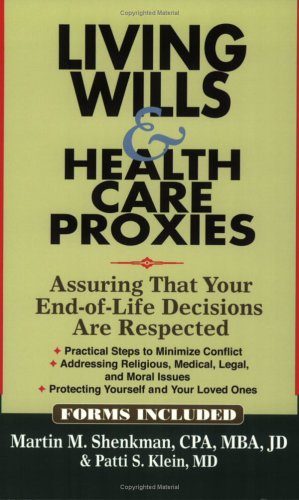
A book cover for Living Wills & Health Care Proxies: Assuring That Your End-of-Life Decisions Are Respected; Martin M. Shenkman; Law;